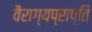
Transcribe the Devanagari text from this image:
वैराग्यप्राप्ति